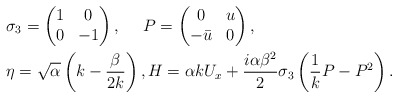
\begin{align*}& \sigma_3=\begin{pmatrix}1&0\\0&-1\end{pmatrix}, \ \ \ \ P=\begin{pmatrix}0&u\\-\bar{u}&0\end{pmatrix},\\&\eta=\sqrt{\alpha}\left(k-\frac{\beta}{2k}\right),H= \alpha kU_x+\frac{i\alpha\beta^2}{2}\sigma_3\left(\frac{1}{k}P-P^2\right). \end{align*}